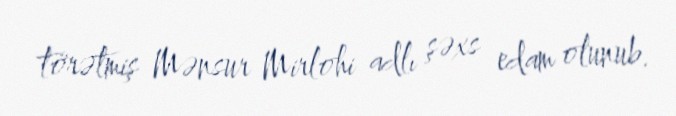
törətmiş Mənsur Mirlohi adlı şəxs edam olunub.